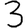
Digit: 3